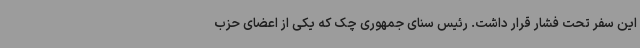
این سفر تحت فشار قرار داشت. رئیس سنای جمهوری چک که یکی از اعضای حزب